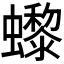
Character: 𧔌